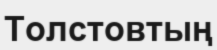
Толстовтың